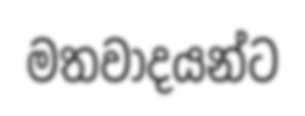
මතවාදයන්ට